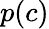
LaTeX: p(c)